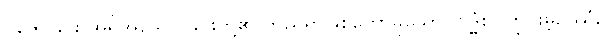
ပူဇော်ခြင်း အရိုအသေပြုခြင်းတို့၏ တည်ရာဖြစ်တော်မူသော။ ဗုဒ္ဓံစ၊ ကြွင်းမဲ့ဥဿုံ,